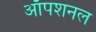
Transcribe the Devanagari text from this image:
ऑपशनल